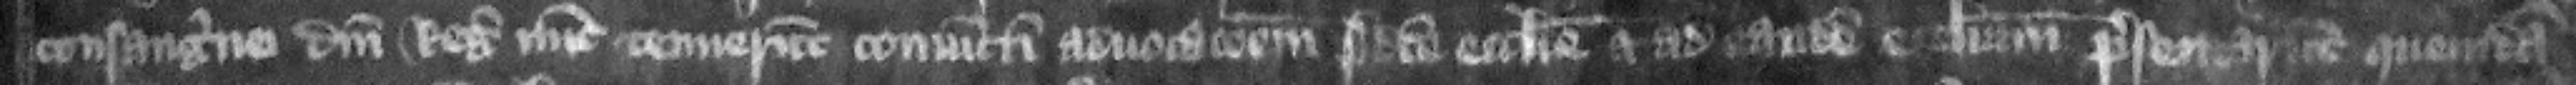
consanguinei domini regis nunc tenuerunt coniunctim aduocacionem predicte ecclesie et ad eandem ecclesiam presentarunt quemdam